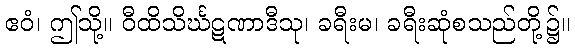
ဧဝံ၊ ဤသို့။ ဝီထိသိင်္ဃဋဏာဒီသု၊ ခရီးမ၊ ခရီးဆုံစသည်တို့၌။